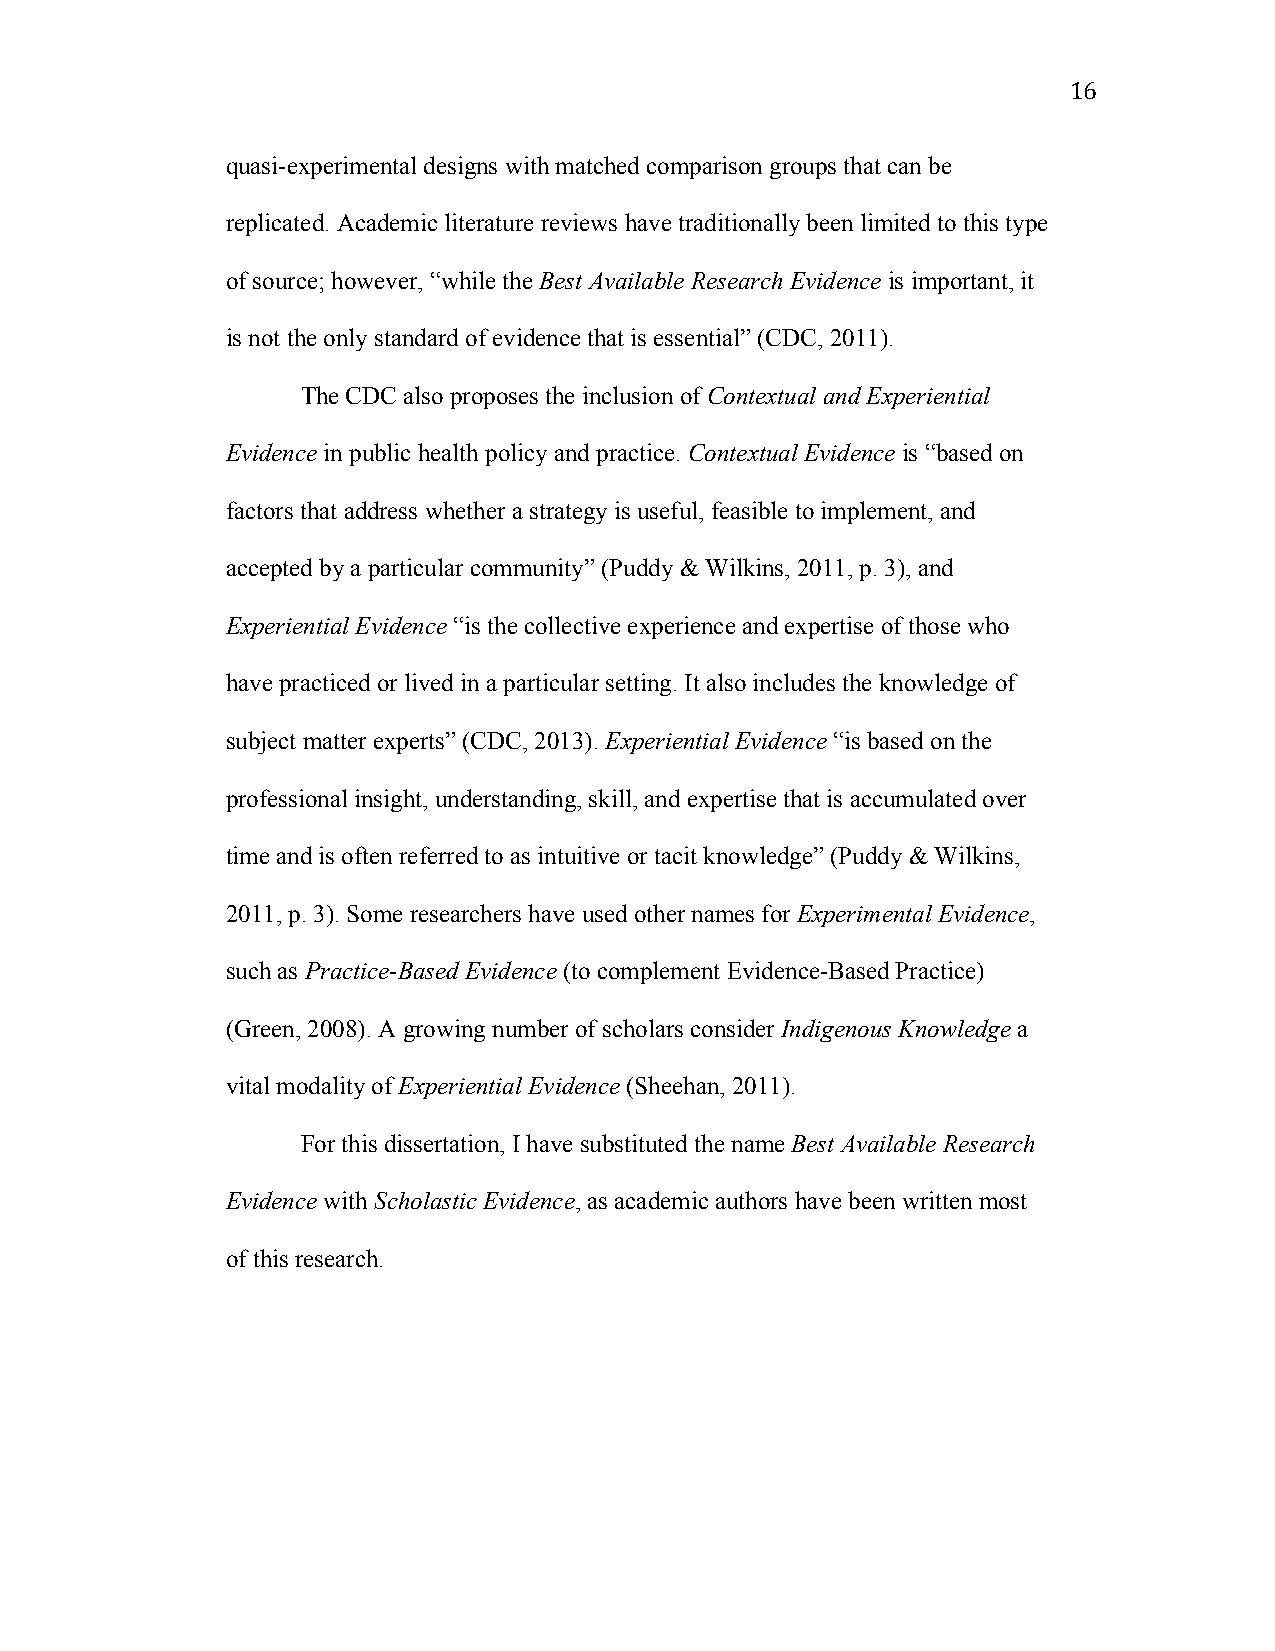
16
 quasi-experimental designs with matched comparison groups that can be
 replicated. Academic literature reviews have traditionally been limited to this type
 of source; however, “while the Best Available Research Evidence is important, it
 is not the only standard of evidence that is essential” (CDC, 2011).
 The CDC also proposes the inclusion of Contextual and Experiential
 Evidence in public health policy and practice. Contextual Evidence is “based on
 factors that address whether a strategy is useful, feasible to implement, and
 accepted by a particular community” (Puddy & Wilkins, 2011, p. 3), and
 Experiential Evidence “is the collective experience and expertise of those who
 have practiced or lived in a particular setting. It also includes the knowledge of
 subject matter experts” (CDC, 2013). Experiential Evidence “is based on the
 professional insight, understanding, skill, and expertise that is accumulated over
 time and is often referred to as intuitive or tacit knowledge” (Puddy & Wilkins,
 2011, p. 3). Some researchers have used other names for Experimental Evidence,
 such as Practice-Based Evidence (to complement Evidence-Based Practice)
 (Green, 2008). A growing number of scholars consider Indigenous Knowledge a
 vital modality of Experiential Evidence (Sheehan, 2011).
 For this dissertation, I have substituted the name Best Available Research
 Evidence with Scholastic Evidence, as academic authors have been written most
 of this research.